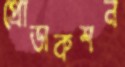
প্রোডাকশন